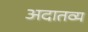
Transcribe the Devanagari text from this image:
अदातव्य